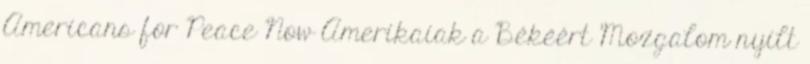
Americans for Peace Now Amerikaiak a Békéért Mozgalom nyílt